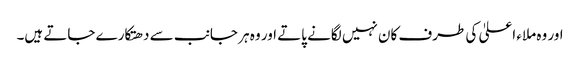
اور وہ ملاء اعلیٰ کی طرف کان نہیں لگانے پاتے اور وہ ہر جانب سے دھتکارے جاتے ہیں۔